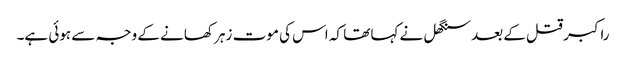
راکبر قتل کے بعد سنگھل نے کہا تھا کہ اس کی موت زہر کھانے کے وجہ سے ہوئی ہے۔